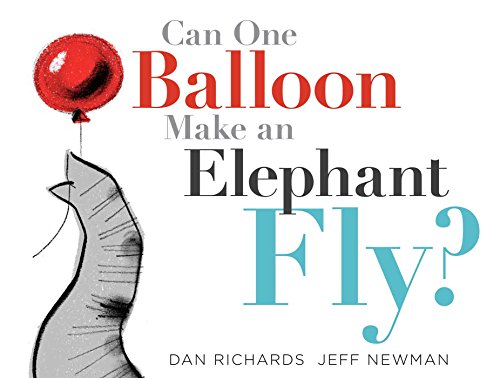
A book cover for Can One Balloon Make an Elephant Fly?; Dan Richards; Children's Books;